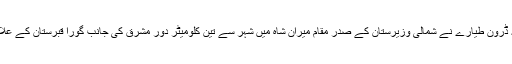
مقامی انتظامیہ کے ایک اہلکار نے بی بی سی کے نامہ نگار دلاور خان وزیر کو بتایا کہ ڈرون طیارے نے شمالی وزیرستان کے صدر مقام میران شاہ میں شہر سے تین کلومیٹر دور مشرق کی جانب گورا قبرستان کے علاقے میں ایک مکان کو نشانہ بنایا جس کے نتیجے میں تین مشتبہ شدت پسند ہلاک ہوگئے۔